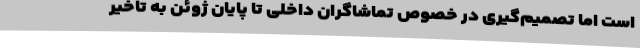
است اما تصمیم‌گیری در خصوص تماشاگران داخلی تا پایان ژوئن به تاخیر